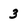
Character: 3